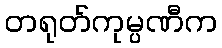
တရုတ်ကုမ္ပဏီက